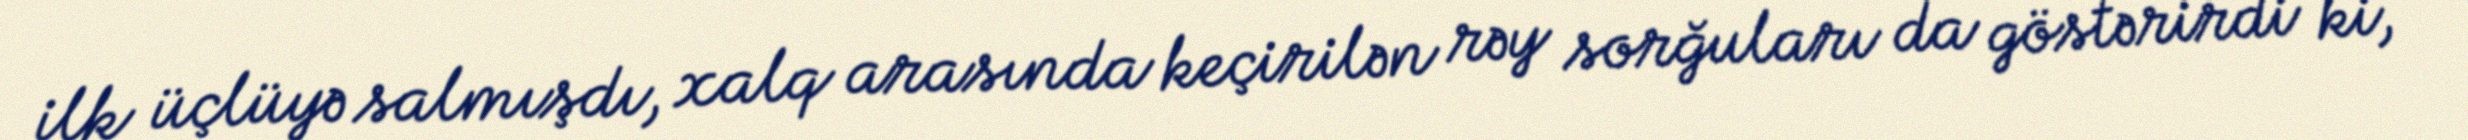
ilk üçlüyə salmışdı, xalq arasında keçirilən rəy sorğuları da göstərirdi ki,